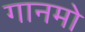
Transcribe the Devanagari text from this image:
गानमो